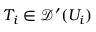
T _ { i } \in { \mathcal { D } } ^ { \prime } ( U _ { i } )